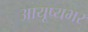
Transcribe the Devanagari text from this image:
आयूष्यभर